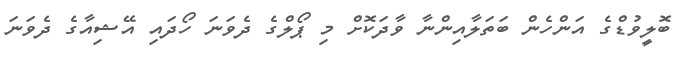
ބޮލީވުޑްގެ އަންހެން ބަތަލާއިންނާ ވާދަކޮށް މި ޕޯލްގެ ދެވަނަ ހޯދައި އޭޝިއާގެ ދެވަނަ